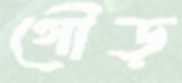
গৌড়